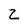
Character: z